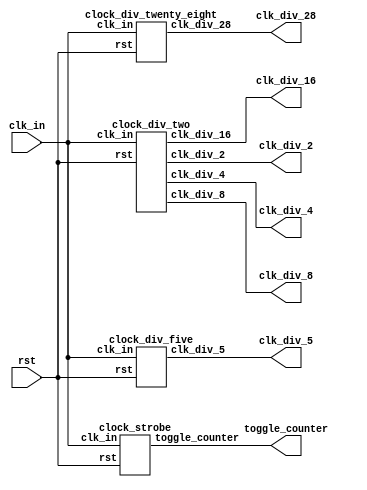
`timescale 1ns / 1ps
//////////////////////////////////////////////////////////////////////////////////
// Company: 
// Engineer: 
// 
// Design Name: 
// Module Name:    clock_gen 
// Project Name: 
// Target Devices: 
// Tool versions: 
// Description: 
//
// Dependencies: 
//
// Revision: 
// Revision 0.01 - File Created
// Additional Comments: 
//
//////////////////////////////////////////////////////////////////////////////////
module clock_gen(input clk_in, 
	input rst,
	output clk_div_2,
	output clk_div_4,
	output clk_div_8,
	output clk_div_16,
	output clk_div_28,
	output clk_div_5,
	output [7:0] toggle_counter
   );
	
	clock_div_two task_one(
	 .clk_in (clk_in),
	 .rst (rst),
	 .clk_div_2(clk_div_2),
	 .clk_div_4(clk_div_4),
	 .clk_div_8(clk_div_8),
	 .clk_div_16(clk_div_16)
	);
	
	clock_div_twenty_eight task_two(
	 .clk_in (clk_in),
	 .rst (rst),
	 .clk_div_28(clk_div_28)
	);
	
	clock_div_five task_three(
	 .clk_in (clk_in),
	 .rst (rst),
	 .clk_div_5(clk_div_5)
	);
	
	clock_strobe task_four(
	 .clk_in (clk_in),
	 .rst (rst),
	 .toggle_counter (toggle_counter)
	); 
	
endmodule

module clock_div_two(clk_in, rst, clk_div_2, clk_div_4, clk_div_8, clk_div_16);
	input clk_in;
	input rst;
	output clk_div_2;
	output clk_div_4;
	output clk_div_8;
	output clk_div_16;
	
	reg [3:0] a;
	
	always @ (posedge clk_in)
		if (rst)
			a <= 4'b0000;
		else
			a <= a + 1'b1;
			
	assign clk_div_2 = a[0];
	assign clk_div_4 = a[1];
	assign clk_div_8 = a[2];
	assign clk_div_16 = a[3];

endmodule

module clock_div_twenty_eight(clk_in, rst, clk_div_28);
	input clk_in;
	input rst;
	output clk_div_28;
	
	reg [3:0] a;
	reg b;
	
	always @ (posedge clk_in)
		if (rst) begin
			a <= 4'b0000;
			b <= 1'b0;
		end
		else if (a == 4'b1101) begin
			a <= 4'b0000;
			b <= ~b;
		end
		else
			a <= a + 1'b1;
			
	assign clk_div_28 = b;

endmodule

module clock_div_five(clk_in, rst, clk_div_5);

	input clk_in;
	input rst;
	output clk_div_5;
	
	reg a;
	reg [2:0] b;
	reg c;
	
	always @ (posedge clk_in) begin
		if (rst) begin
			a <= 1'b0;
			b <= 4'b0000;
		end
		else if (a == 0 && b == 0) begin
			a <= ~a;
			b <= b + 1'b1;
		end
		else if (b == 2) begin
			a <= ~a;
			b <= b + 1'b1;
		end
		else if (b == 4) begin
			b <= 0;
		end
		else
			b <= b + 1'b1;
	end
			
	always @ (negedge clk_in)
		if (rst)
			c <= 1'b0;
		else
			c <= a;
	
	assign clk_div_5 = a | c;
	
endmodule

module clock_strobe(clk_in, rst, toggle_counter);
	input clk_in;
	input rst;
	output [7:0] toggle_counter;
	
	reg [1:0] a;
	reg [7:0] sum;
	
	always @ (posedge clk_in) begin
		if (rst) begin
			a <= 0;
			sum <= 0;
		end
		else if (a == 3) begin
			a <= a + 1'b1;
			sum <= sum - 3'b101;
		end
		else begin
			a <= a + 1'b1;
			sum <= sum + 2'b10;
		end
	end
	
	assign toggle_counter = sum;

endmodule